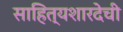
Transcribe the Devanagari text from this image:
साहित्यशारदेची